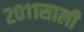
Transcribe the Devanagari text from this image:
२०११साली